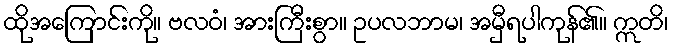
ထိုအကြောင်းကို။ ဗလဝံ၊ အားကြီးစွာ။ ဥပလဘာမ၊ အမှီရပါကုန်၏။ ဣတိ၊